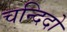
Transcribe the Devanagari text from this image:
चन्दिदो